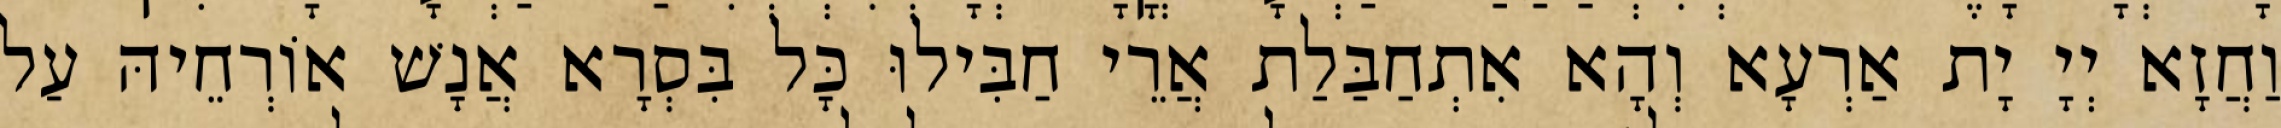
וַחֲזָא יְיָ יָת אַרְעָא וְהָא אִתְחַבַּלַת אֲרֵי חַבִּילוּ כָּל בִּסְרָא אֲנָשׁ אוֹרְחֵיהּ עַל